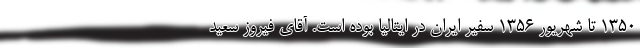
۱۳۵۰ تا شهریور ۱۳۵۶ سفیر ایران در ایتالیا بوده است. آقای فیروز سعید